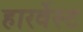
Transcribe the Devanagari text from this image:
हारर्वेस्ट